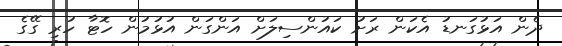
ދެން އަޅުގަނޑު އެކަން ރަށު ކައުންސިލަށް އަންގަން އުޅުމުން ހޮޓާ ހުރި ގޭގެ